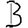
Digit: 3